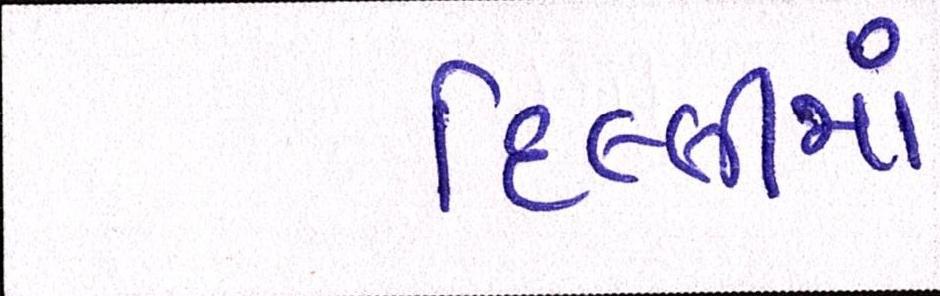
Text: દિલ્લીમાં